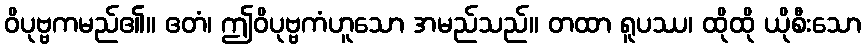
ဝိပုဗ္ဗကမည်၏။ ဧတံ၊ ဤဝိပုဗ္ဗကံဟူသော အမည်သည်။ တထာ ရူပဿ၊ ထိုထို ယိုစီးသော